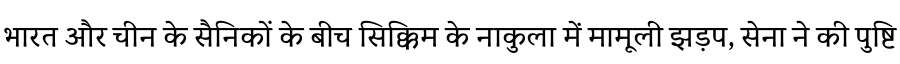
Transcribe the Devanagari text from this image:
भारत और चीन के सैनिकों के बीच सिक्किम के नाकुला में मामूली झड़प, सेना ने की पुष्टि